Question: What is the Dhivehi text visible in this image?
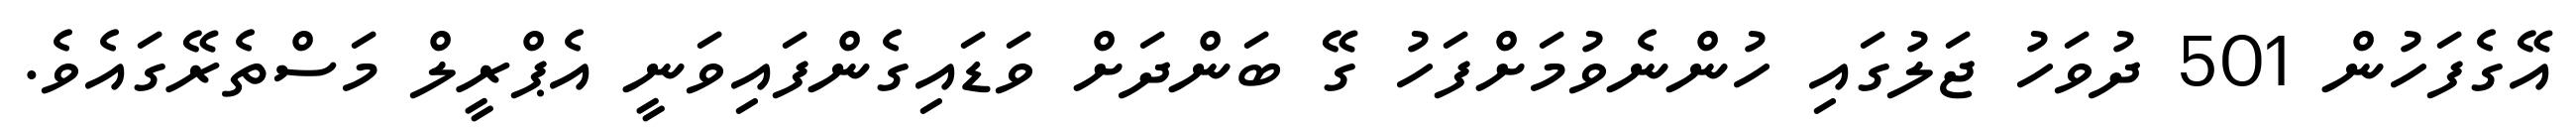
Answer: އޭގެފަހުން 501 ދުވަހު ޖަލުގައި ހުންނެވުމަށްފަހު ގޭ ބަންދަށް ވަޑައިގެންފައިވަނީ އެޕްރީލް މަސްތެރޭގައެވެ.